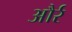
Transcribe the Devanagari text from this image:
और्र